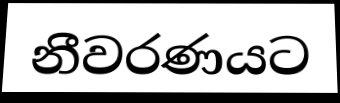
නීවරණයට